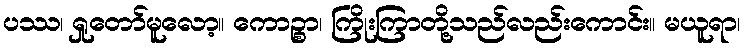
ပဿ၊ ရှုတော်မူလော့။ ကောဉ္စာ၊ ကြိုးကြာတို့သည်လည်းကောင်း။ မယူရာ၊